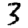
Digit: 3